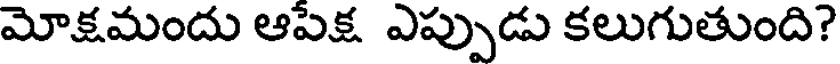
మోక్షమందు ఆపెక్ష ఎప్పుడు కలుగుతుంది?